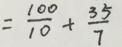
= \frac { 1 0 0 } { 1 0 } + \frac { 3 5 } { 7 }